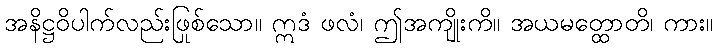
အနိဋ္ဌဝိပါက်လည်းဖြစ်သော။ ဣဒံ ဖလံ၊ ဤအကျိုးကို။ အယမတ္ထောတိ၊ ကား။